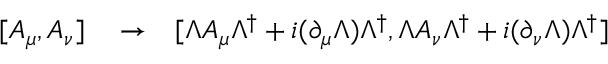
\begin{array} { r l r } { [ A _ { \mu } , A _ { \nu } ] } & { { } \to } & { [ \Lambda A _ { \mu } \Lambda ^ { \dagger } + i ( \partial _ { \mu } \Lambda ) \Lambda ^ { \dagger } , \Lambda A _ { \nu } \Lambda ^ { \dagger } + i ( \partial _ { \nu } \Lambda ) \Lambda ^ { \dagger } ] } \end{array}